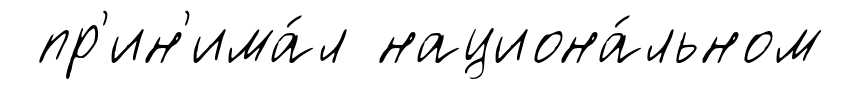
пр'ин'има́л национа́льном